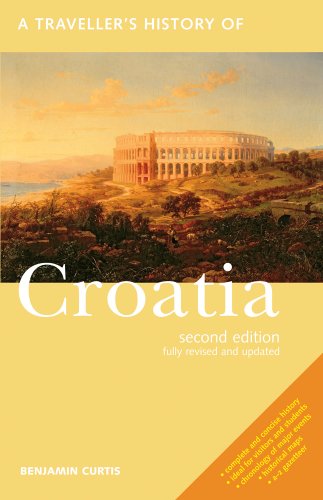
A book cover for A Traveller's History of Croatia; Benjamin Curtis; Travel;